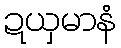
ဍယှမာနံ